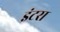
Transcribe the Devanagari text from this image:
इंटरा